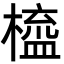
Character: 橀